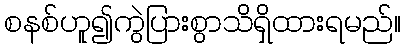
စနစ်ဟူ၍ကွဲပြားစွာသိရှိထားရမည်။